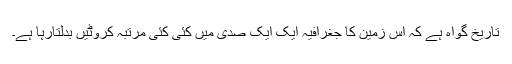
تاریخ گواہ ہے کہ اس زمین کا جغرافیہ ایک ایک صدی میں کئی کئی مرتبہ کروٹیں بدلتارہا ہے۔